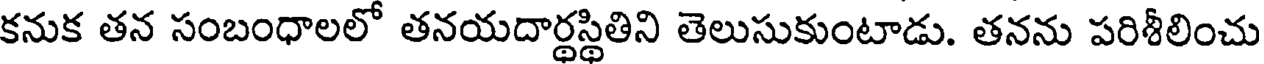
కనుక తన సంబంధాలలో తనయదార్థస్థితిని తెలుసుకుంటాడు. తనను పరిశీలించు